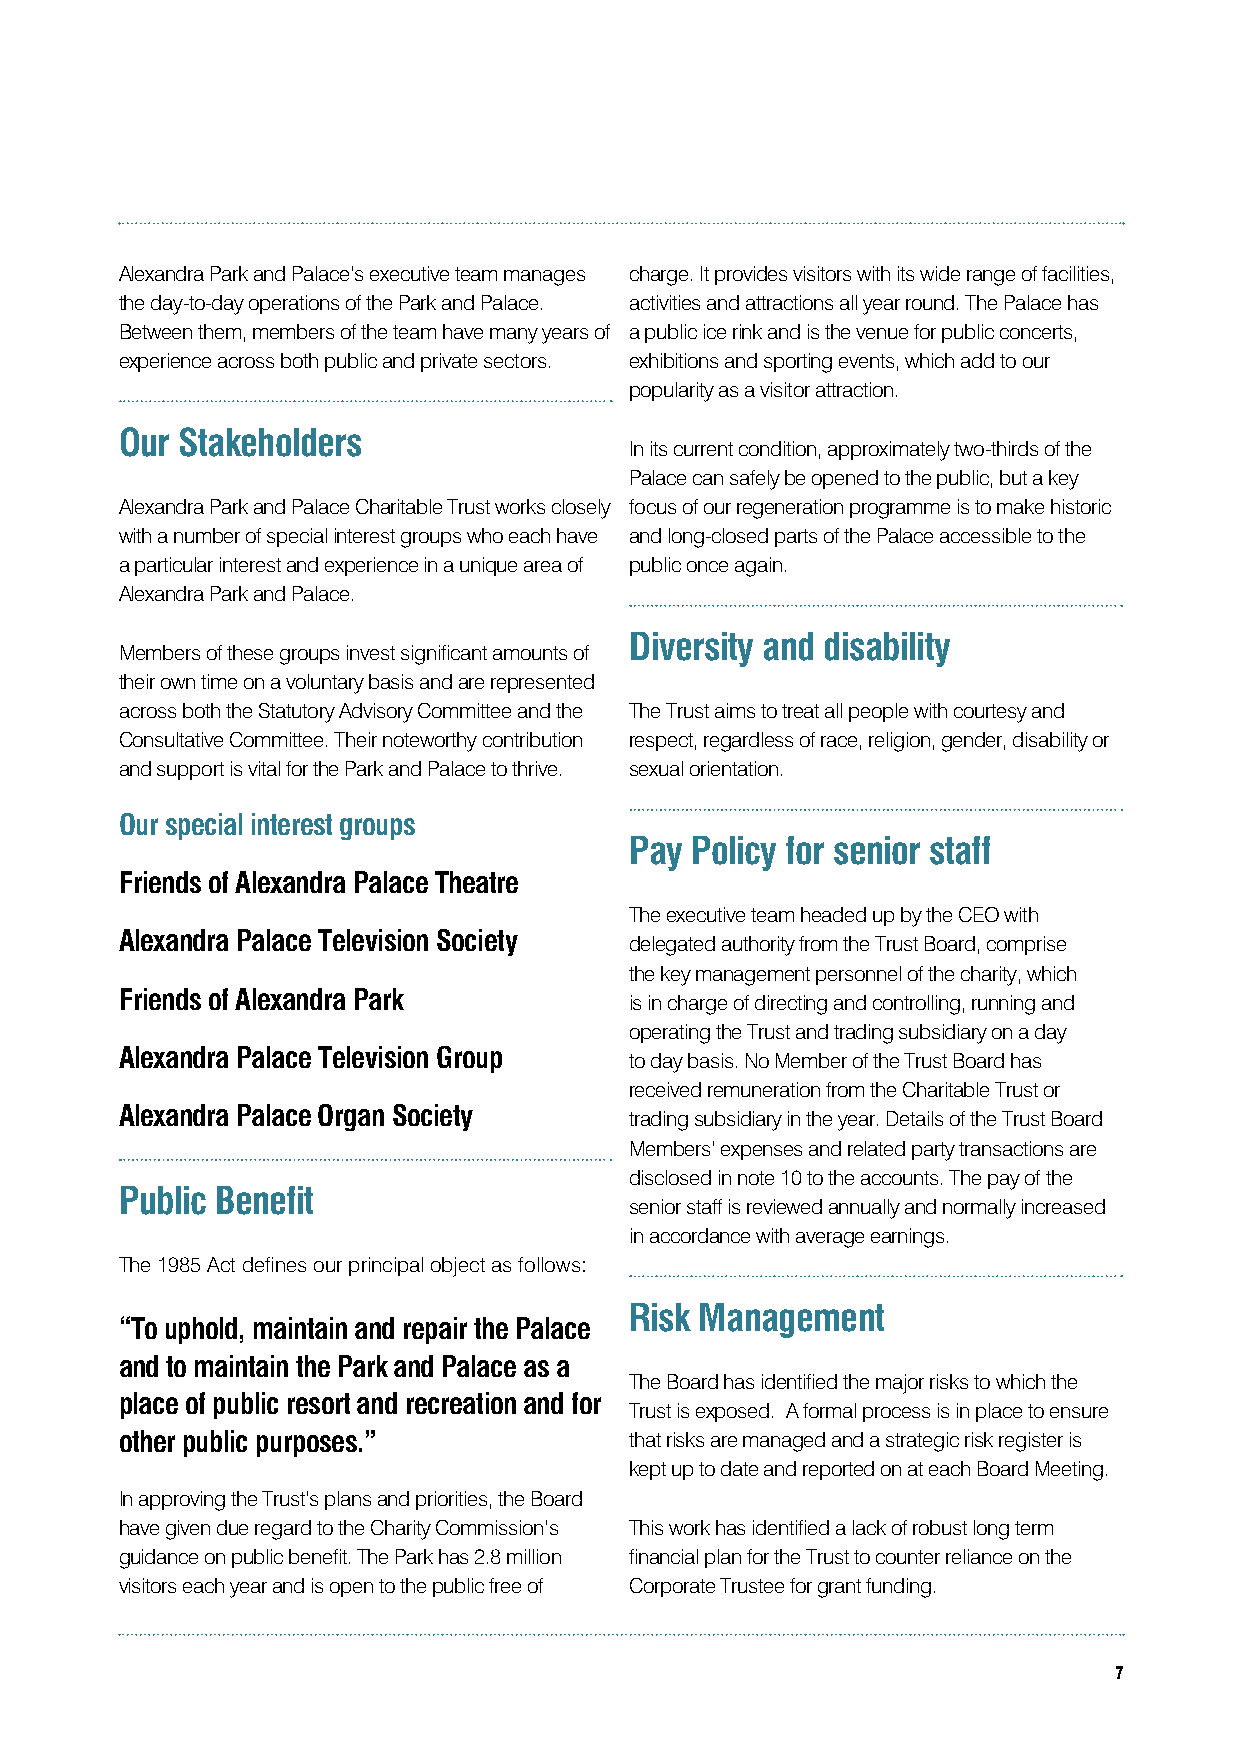
Alexandra Park and Palace’s executive team manages charge. It provides visitors with its wide range of facilities,
 the day-to-day operations of the Park and Palace. activities and attractions all year round. The Palace has
 Between them, members of the team have many years of a public ice rink and is the venue for public concerts,
 experience across both public and private sectors. exhibitions and sporting events, which add to our
 popularity as a visitor attraction.
 Our Stakeholders
 In its current condition, approximately two-thirds of the
 Palace can safely be opened to the public, but a key
 Alexandra Park and Palace Charitable Trust works closely focus of our regeneration programme is to make historic
 with a number of special interest groups who each have and long-closed parts of the Palace accessible to the
 a particular interest and experience in a unique area of public once again.
 Alexandra Park and Palace.
 Diversity and disability
 Members of these groups invest significant amounts of
 their own time on a voluntary basis and are represented
 across both the Statutory Advisory Committee and the The Trust aims to treat all people with courtesy and
 Consultative Committee. Their noteworthy contribution respect, regardless of race, religion, gender, disability or
 and support is vital for the Park and Palace to thrive. sexual orientation.
 Our special interest groups
 Pay Policy for senior staff
 Friends of Alexandra Palace Theatre
 The executive team headed up by the CEO with
 Alexandra Palace Television Society
 delegated authority from the Trust Board, comprise
 the key management personnel of the charity, which
 Friends of Alexandra Park
 is in charge of directing and controlling, running and
 operating the Trust and trading subsidiary on a day
 Alexandra Palace Television Group
 to day basis. No Member of the Trust Board has
 received remuneration from the Charitable Trust or
 Alexandra Palace Organ Society
 trading subsidiary in the year. Details of the Trust Board
 Members’ expenses and related party transactions are
 disclosed in note 10 to the accounts. The pay of the
 Public Benefit
 senior staff is reviewed annually and normally increased
 in accordance with average earnings.
 The 1985 Act defines our principal object as follows:
 Risk Management
 “To uphold, maintain and repair the Palace
 and to maintain the Park and Palace as a
 The Board has identified the major risks to which the
 place of public resort and recreation and for
 Trust is exposed. A formal process is in place to ensure
 other public purposes.”           that risks are managed and a strategic risk register is
 kept up to date and reported on at each Board Meeting.
 In approving the Trust’s plans and priorities, the Board
 have given due regard to the Charity Commission’s This work has identified a lack of robust long term
 guidance on public benefit. The Park has 2.8 million financial plan for the Trust to counter reliance on the
 visitors each year and is open to the public free of Corporate Trustee for grant funding.
 7